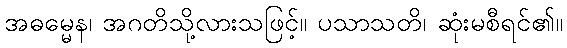
အဓမ္မေန၊ အဂတိသို့လားသဖြင့်။ ပသာသတိ၊ ဆုံးမစီရင်၏။